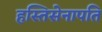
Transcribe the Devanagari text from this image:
हस्तिसेनापति